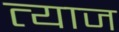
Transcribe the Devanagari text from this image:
त्याज